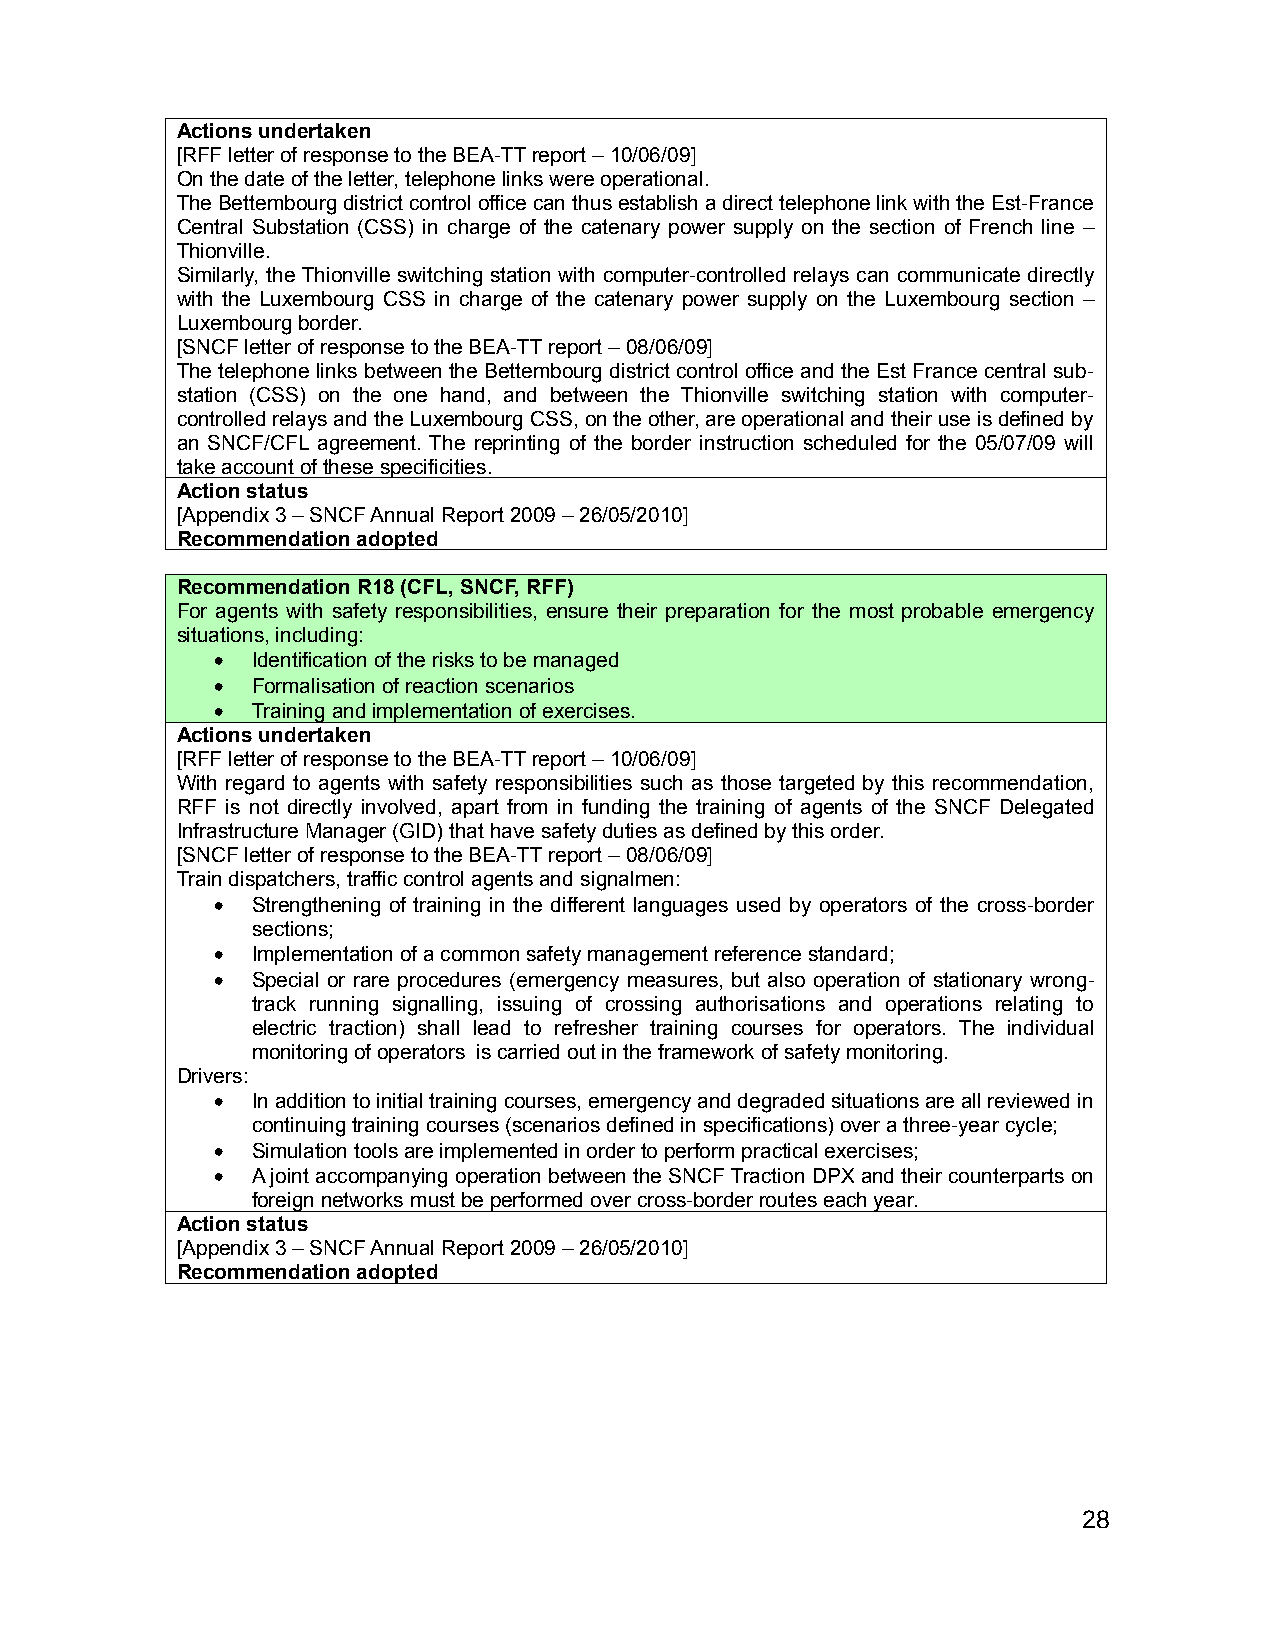
Actions undertaken
 [RFF letter of response to the BEA-TT report – 10/06/09]
 On the date of the letter, telephone links were operational.
 The Bettembourg district control office can thus establish a direct telephone link with the Est-France
 Central Substation (CSS) in charge of the catenary power supply on the section of French line –
 Thionville.
 Similarly, the Thionville switching station with computer-controlled relays can communicate directly
 with the Luxembourg CSS in charge of the catenary power supply on the Luxembourg section –
 Luxembourg border.
 [SNCF letter of response to the BEA-TT report – 08/06/09]
 The telephone links between the Bettembourg district control office and the Est France central sub-
 station (CSS) on the one hand, and between the Thionville switching station with computer-
 controlled relays and the Luxembourg CSS, on the other, are operational and their use is defined by
 an SNCF/CFL agreement. The reprinting of the border instruction scheduled for the 05/07/09 will
 take account of these specificities.
 Action status
 [Appendix 3 – SNCF Annual Report 2009 – 26/05/2010]
 Recommendation adopted
 Recommendation R18 (CFL, SNCF, RFF)
 For agents with safety responsibilities, ensure their preparation for the most probable emergency
 situations, including:
 •  Identification of the risks to be managed
 •  Formalisation of reaction scenarios
 •  Training and implementation of exercises.
 Actions undertaken
 [RFF letter of response to the BEA-TT report – 10/06/09]
 With regard to agents with safety responsibilities such as those targeted by this recommendation,
 RFF is not directly involved, apart from in funding the training of agents of the SNCF Delegated
 Infrastructure Manager (GID) that have safety duties as defined by this order.
 [SNCF letter of response to the BEA-TT report – 08/06/09]
 Train dispatchers, traffic control agents and signalmen:
 •  Strengthening of training in the different languages used by operators of the cross-border
 sections;
 •  Implementation of a common safety management reference standard;
 •  Special or rare procedures (emergency measures, but also operation of stationary wrong-
 track running signalling, issuing of crossing authorisations and operations relating to
 electric traction) shall lead to refresher training courses for operators. The individual
 monitoring of operators is carried out in the framework of safety monitoring.
 Drivers:
 •  In addition to initial training courses, emergency and degraded situations are all reviewed in
 continuing training courses (scenarios defined in specifications) over a three-year cycle;
 •  Simulation tools are implemented in order to perform practical exercises;
 •  A joint accompanying operation between the SNCF Traction DPX and their counterparts on
 foreign networks must be performed over cross-border routes each year.
 Action status
 [Appendix 3 – SNCF Annual Report 2009 – 26/05/2010]
 Recommendation adopted
 28